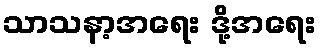
သာသနာ့အရေး ဒို့အရေး